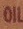
OIL